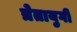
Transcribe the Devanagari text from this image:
त्रेतायुगी